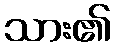
သား၏